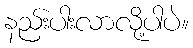
နည်းပါးလာလို့ပါပဲ။